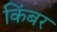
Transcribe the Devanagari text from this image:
किंबर